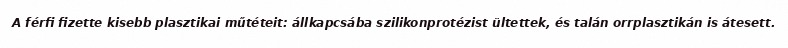
A férfi fizette kisebb plasztikai műtéteit: állkapcsába szilikonprotézist ültettek, és talán orrplasztikán is átesett.